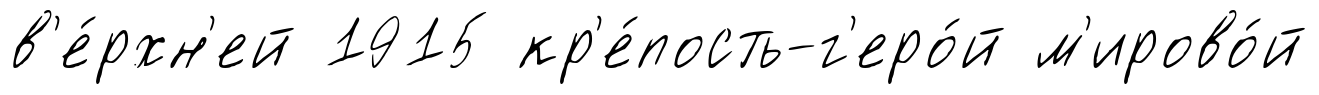
в'е́рхн'ей 1915 кр'е́пость-г'еро́й м'ирово́й